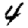
Digit: 4